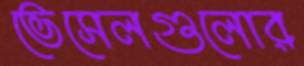
ভেসেলগুলোর